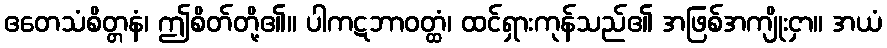
ဧတေသံစိတ္တနံ၊ ဤစိတ်တို့၏။ ပါကဋဘာဝတ္ထံ၊ ထင်ရှားကုန်သည်၏ အဖြစ်အကျိုးငှာ။ အယံ